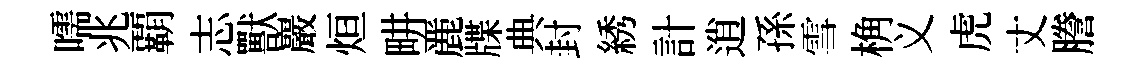
嚅兆覇志獸巖烜畊䴡牒典封綉計逍孫雪桷义虎丈謄